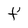
Character: f